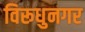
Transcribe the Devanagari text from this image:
विरूधुनगर